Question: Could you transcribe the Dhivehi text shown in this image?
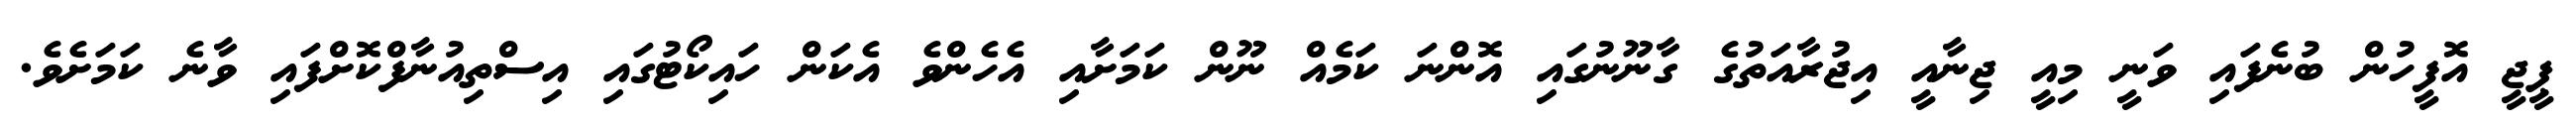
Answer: ޕީޖީ އޮފީހުން ބުނެފައި ވަނީ މިއީ ޖިނާއީ އިޖުރާއަތުގެ ގާނޫނުގައި އޮންނަ ކަމެއް ނޫން ކަމަށާއި އެހެންވެ އެކަން ހައިކޯޓުގައި އިސްތިއުނާފްކޮށްފައި ވާނެ ކަމަށެވެ.